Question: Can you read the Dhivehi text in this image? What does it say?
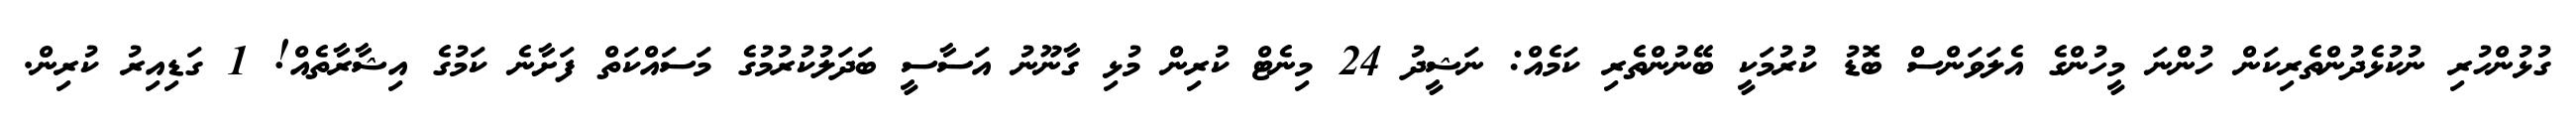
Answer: ގުޅުންހުރި ނުކުޅެދުންތެރިކަން ހުންނަ މީހުންގެ އެލަވަންސް ބޮޑު ކުރުމަކީ ބޭނުންތެރި ކަމެއް: ނަޝީދު 24 މިނެޓް ކުރިން މުޅި ގާނޫނު އަސާސީ ބަދަލުކުރުމުގެ މަސައްކަތް ފަށާނެ ކަމުގެ އިޝާރާތެއް! 1 ގަޑިއިރު ކުރިން.